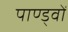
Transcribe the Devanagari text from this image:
पाण्ड्वों